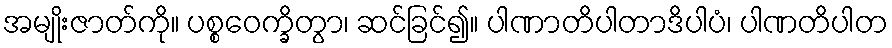
အမျိုးဇာတ်ကို။ ပစ္စဝေက္ခိတွာ၊ ဆင်ခြင်၍။ ပါဏာတိပါတာဒိပါပံ၊ ပါဏတိပါတ